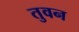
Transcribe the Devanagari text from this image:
तुवन